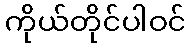
ကိုယ်တိုင်ပါဝင်